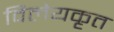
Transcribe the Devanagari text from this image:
विलेयकृत